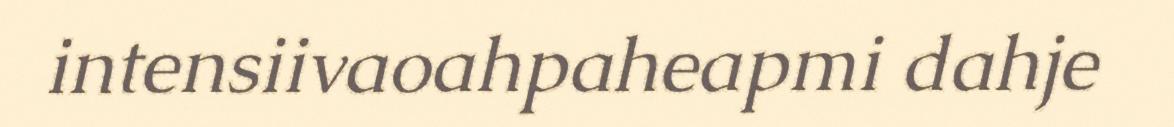
intensiivaoahpaheapmi dahje